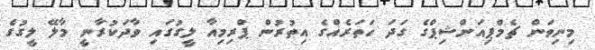
މިނިވަން ޗެމްޕިއަންޝިޕްގެ ގަދަ ހަތަރެއްގެ އިތުރުން ޕްރިމިއާ ލީގުގައި ވާދަކުރާނީ މާލޭ ލީގުގެ